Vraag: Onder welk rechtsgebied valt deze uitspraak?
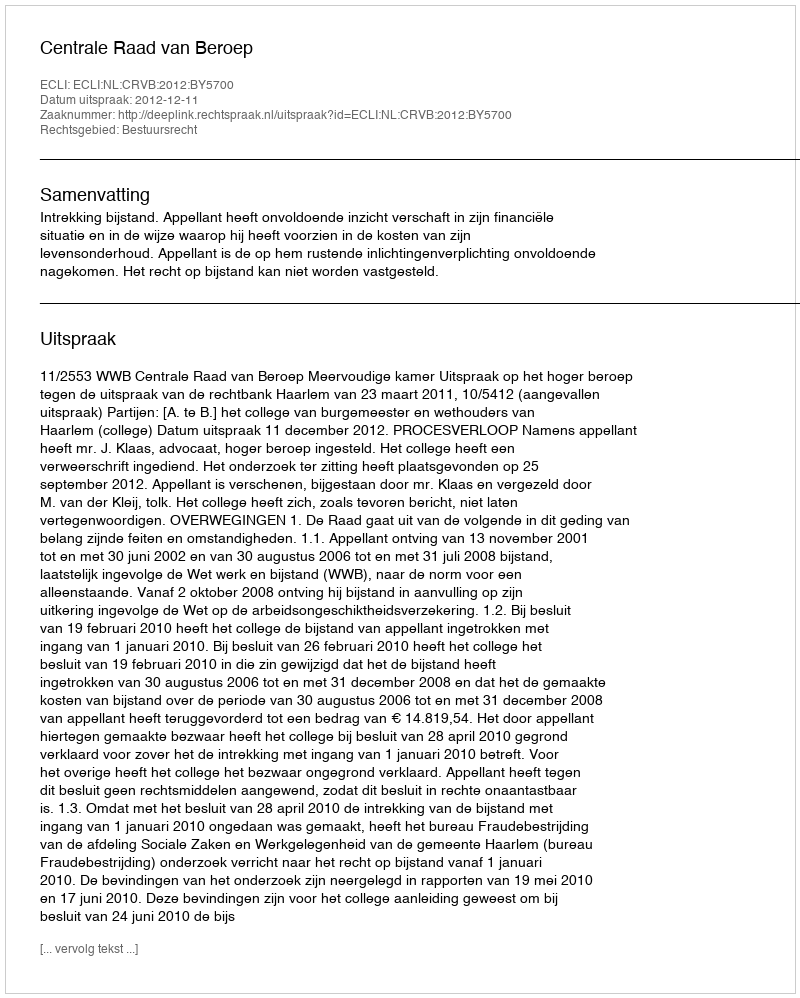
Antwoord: Bestuursrecht